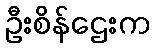
ဦးစိန်ဌေးက